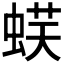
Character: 𧋞